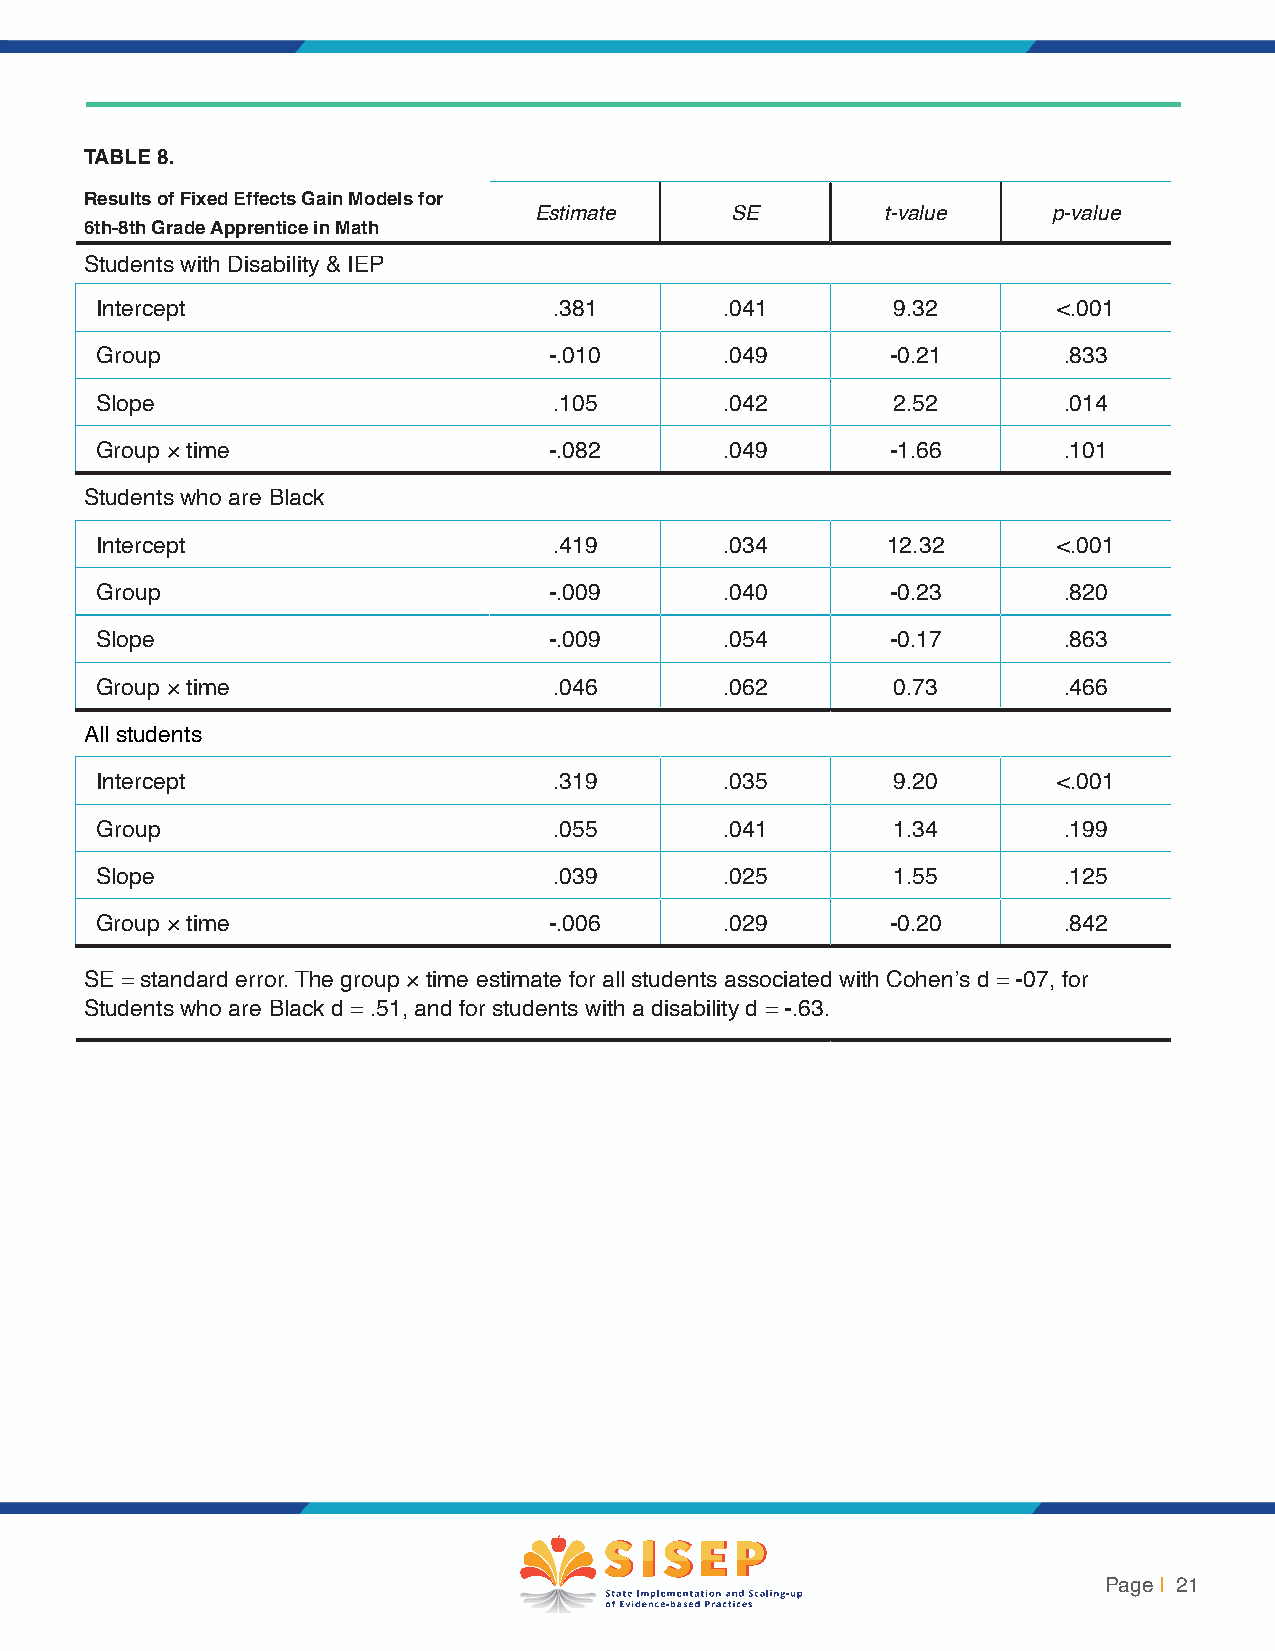
TABLE 8.
 Results of Fixed Effects Gain Models for
 Estimate     SE         t-value    p-value
 6th-8th Grade Apprentice in Math
 Students with Disability & IEP
 Intercept                      .381       .041       9.32       <.001
 Group                         -.010       .049       -0.21      .833
 Slope                          .105       .042       2.52       .014
 Group × time                  -.082       .049       -1.66      .101
 Students who are Black
 Intercept                      .419       .034       12.32      <.001
 Group                         -.009       .040       -0.23      .820
 Slope                         -.009       .054       -0.17      .863
 Group × time                   .046       .062       0.73       .466
 All students
 Intercept                      .319       .035       9.20       <.001
 Group                          .055       .041       1.34       .199
 Slope                          .039       .025       1.55       .125
 Group × time                  -.006       .029       -0.20      .842
 SE = standard error. The group × time estimate for all students associated with Cohen’s d = -07, for
 Students who are Black d = .51, and for students with a disability d = -.63.
 Page | 21